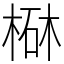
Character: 㮟